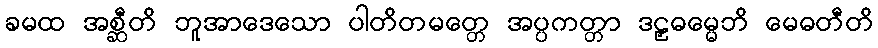
ခမထ အစ္ဆီတိ ဘူအာဒေသော ပါတိတမတ္တေ အပ္ပကတ္တာ ဒဠှဓမ္မေဘိ မေဓတီတိ